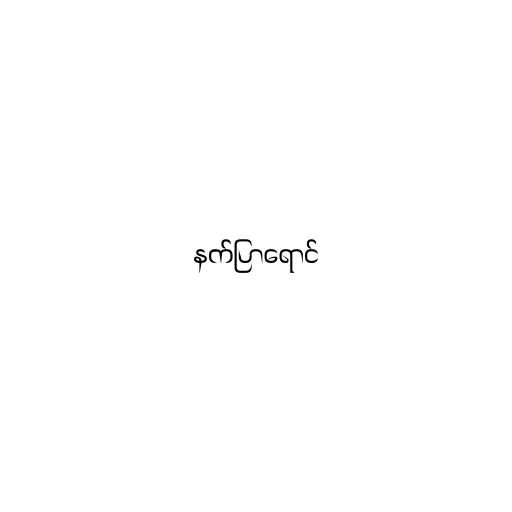
နက်ပြာရောင်